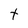
Character: t